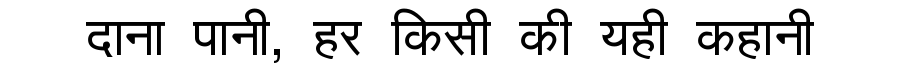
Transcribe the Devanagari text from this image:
दाना पानी, हर किसी की यही कहानी